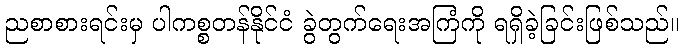
ညစာစားရင်းမှ ပါကစ္စတန်နိုင်ငံ ခွဲတွက်ရေးအကြံကို ရရှိခဲ့ခြင်းဖြစ်သည်။